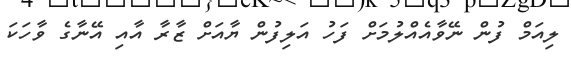
ލިއަމް ފުން ނޭވާއެއްލުމަށް ފަހު އަލިފުން ޔާއަށް ޒާރާ އާއި އޭނާގެ ވާހަކަ